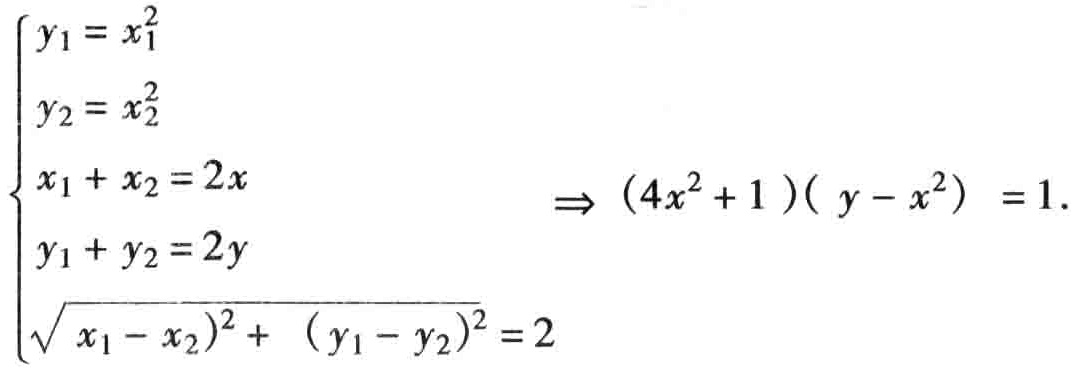
\[\begin{cases}
y_1 = x_1^2 \\
y_2 = x_2^2 \\
x_1 + x_2 = 2x \\
y_1 + y_2 = 2y \\
\sqrt{(x_1 - x_2)^2 + (y_1 - y_2)^2} = 2
\end{cases}
\Rightarrow (4x^2 + 1)(y - x^2) = 1.\]